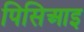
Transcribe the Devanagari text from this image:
पिसिआइ